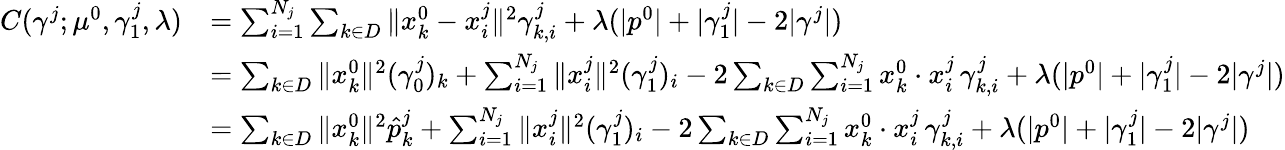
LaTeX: \begin{array}{rl}{C(\gamma^{j};\mu^{0},\gamma_{1}^{j},\lambda)}&{=\sum_{i=1}^{N_{j}}\sum_{k\in D}\| x_{k}^{0}-x_{i}^{j}\| ^{2}\gamma_{k,i}^{j}+\lambda(|p^{0}|+|\gamma_{1}^{j}|-2|\gamma^{j}|)}\\ &{=\sum_{k\in D}\| x_{k}^{0}\| ^{2}(\gamma_{0}^{j})_{k}+\sum_{i=1}^{N_{j}}\| x_{i}^{j}\| ^{2}(\gamma_{1}^{j})_{i}-2\sum_{k\in D}\sum_{i=1}^{N_{j}}x_{k}^{0}\cdot x_{i}^{j}\, \gamma_{k,i}^{j}+\lambda(|p^{0}|+|\gamma_{1}^{j}|-2|\gamma^{j}|)}\\ &{=\sum_{k\in D}\| x_{k}^{0}\| ^{2}\hat{p}_{k}^{j}+\sum_{i=1}^{N_{j}}\| x_{i}^{j}\| ^{2}(\gamma_{1}^{j})_{i}-2\sum_{k\in D}\sum_{i=1}^{N_{j}}x_{k}^{0}\cdot x_{i}^{j}\, \gamma_{k,i}^{j}+\lambda(|p^{0}|+|\gamma_{1}^{j}|-2|\gamma^{j}|)}\end{array}